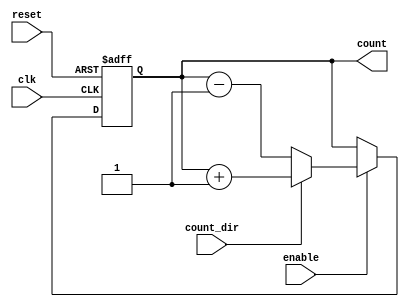
module binary_counter (
    input wire clk,          // Clock input
    input wire reset,        // Asynchronous reset
    input wire enable,       // Enable signal
    input wire count_dir,    // Count direction: 1 for up, 0 for down
    output reg [n-1:0] count // n-bit counter output
);

parameter n = 4; // Define the number of bits for the counter

// Always block for synchronous logic
always @(posedge clk or posedge reset) begin
    if (reset) begin
        count <= 0; // Reset the counter to zero
    end else if (enable) begin
        if (count_dir) begin
            // Increment the counter
            count <= count + 1;
        end else begin
            // Decrement the counter
            count <= count - 1;
        end
    end
end

endmodule